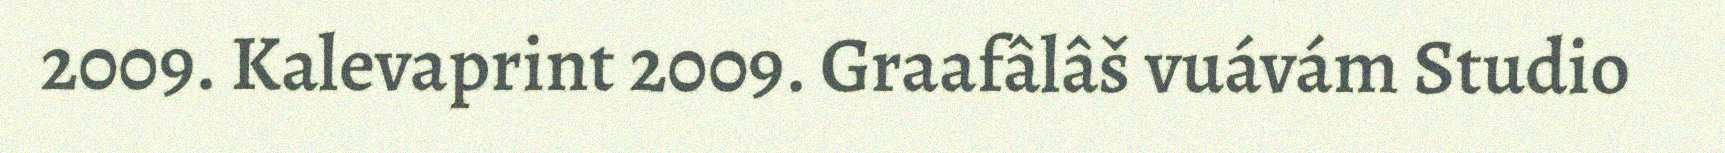
2009. Kalevaprint 2009. Graafâlâš vuávám Studio